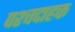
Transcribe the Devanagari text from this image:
पश्चदाहक